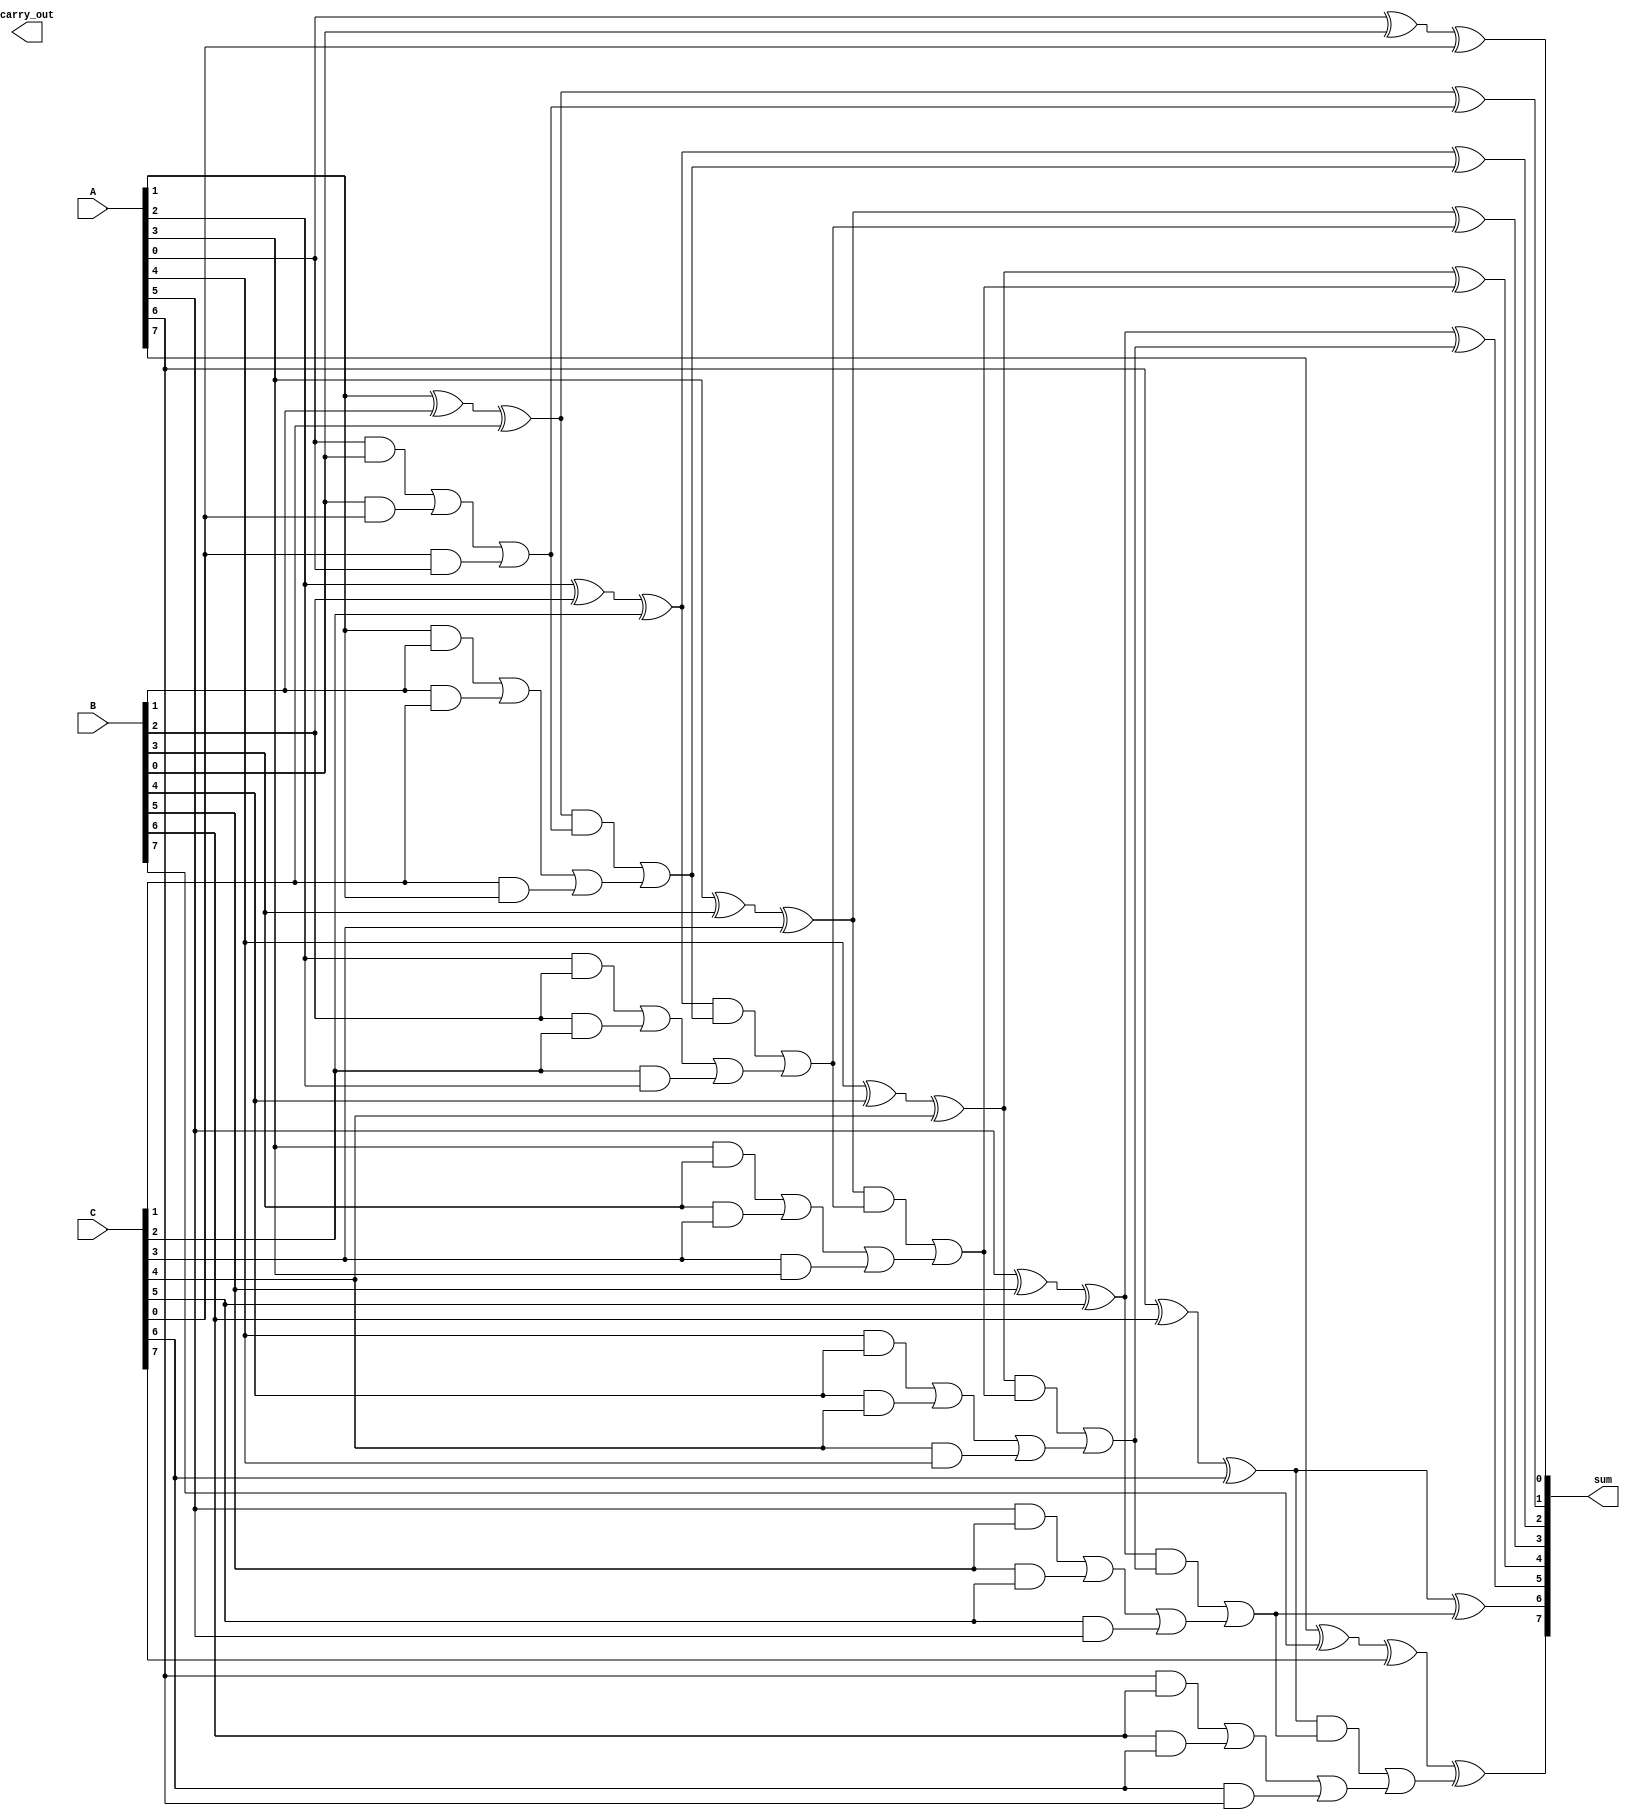
module carry_save_adder #(
    parameter N = 8 // Bit width of the input numbers
)(
    input  [N-1:0] A, // First operand
    input  [N-1:0] B, // Second operand
    input  [N-1:0] C, // Third operand
    output [N:0] sum,  // Final sum output (N bits + carry)
    output carry_out    // Carry output
);

// Intermediate signals for partial sums and carries
wire [N-1:0] partial_sum;
wire [N-1:0] carry;

// Generate partial sums and carries for each bit
genvar i;
generate
    for (i = 0; i < N; i = i + 1) begin : csa_stage
        assign partial_sum[i] = A[i] ^ B[i] ^ C[i]; // Partial Sum
        assign carry[i] = (A[i] & B[i]) | (B[i] & C[i]) | (C[i] & A[i]); // Carry
    end
endgenerate

// Final stage to resolve carry bits
wire [N:0] final_sum;
wire [N-1:0] carry_resolved;

// Instantiate a simple ripple carry adder to resolve the carry bits
// Note: The final adder adds the partial sums with the carry bits
assign carry_resolved[0] = 0; // Initial carry input to the final adder
generate
    for (i = 0; i < N; i = i + 1) begin : final_adder
        assign final_sum[i] = partial_sum[i] ^ carry_resolved[i]; // Sum bit
        assign carry_resolved[i+1] = (partial_sum[i] & carry_resolved[i]) | carry[i]; // Carry out
    end
endgenerate

// Final output assignments
assign sum = final_sum; // Assign final sum
assign carry_out = carry_resolved[N]; // Assign carry out

endmodule